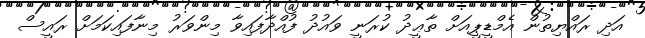
އަދި ރައްޔިތުން އެމްޑީޕީއަށް ތާޢީދު ކުރަނީ ވައުދު ފުއްދާފައިވާ މިންވަރު މިނާފައިކަމަށް ރައީސް